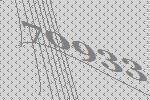
70933